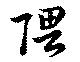
隈